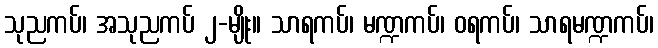
သုညကပ်၊ အသုညကပ် ၂-မျိုး။ သာရကပ်၊ မဏ္ဍကပ်၊ ဝရကပ်၊ သာရမဏ္ဍကပ်၊